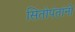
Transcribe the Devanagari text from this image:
सितोपंतांनी